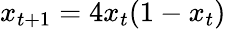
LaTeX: x_{t+1}=4x_{t}(1-x_{t})